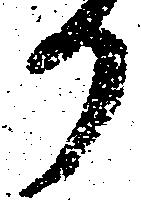
か